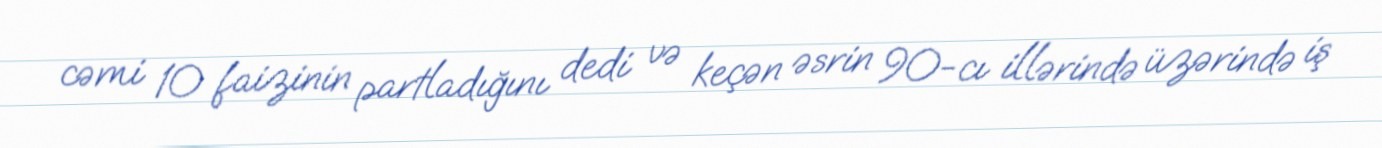
cəmi 10 faizinin partladığını dedi və keçən əsrin 90-cı illərində üzərində iş